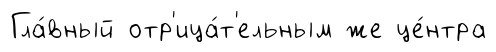
Гла́вный отр'ица́т'ельным же це́нтра